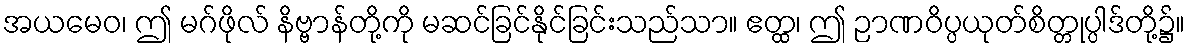
အယမေဝ၊ ဤ မဂ်ဖိုလ် နိဗ္ဗာန်တို့ကို မဆင်ခြင်နိုင်ခြင်းသည်သာ။ ဧတ္ထ၊ ဤ ဉာဏဝိပ္ပယုတ်စိတ္တုပ္ပါဒ်တို့၌။